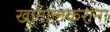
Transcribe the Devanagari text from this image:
खानोलकरांना